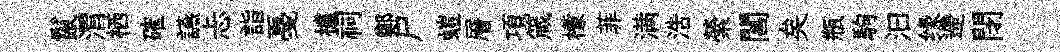
鬣渭栖確讌忐詣戞櫨祠鄭尸螘層項箴檬菲满浩縈閶矣瓶駒汩缘遰閉